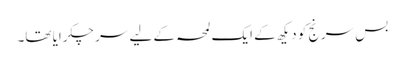
بس سرنج کو دیکھ کے ایک لمحہ کے لیے سر چکرایا تھا۔